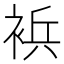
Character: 𰴀